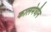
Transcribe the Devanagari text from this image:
कालमेघीन